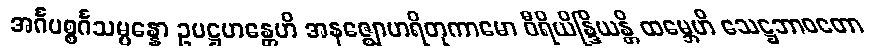
အင်္ဂပစ္စင်္ဂသမ္ပန္နော ဥပဋ္ဌဟန္တေဟိ အနဇ္ဈောဟရိတုကာမော ဝီရိယိန္ဒြိယန္တိ ထမ္ဘေဟိ သေဋ္ဌဘာဝတော